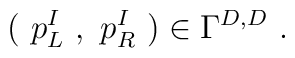
(\ p^I_L\ ,\ p^I_R\ ) \in \Gamma^{D,D}\ .